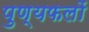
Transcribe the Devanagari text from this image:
पुण्यफलों